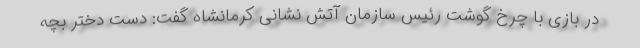
در بازی با چرخ گوشت رئیس سازمان آتش نشانی کرمانشاه گفت: دست دختر بچه